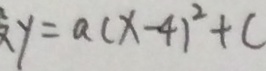
y = a ( x - 4 ) ^ { 2 } + c